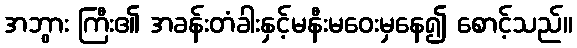
အဘွား ကြီး၏ အခန်းတံခါးနှင့်မနီးမဝေးမှနေ၍ စောင့်သည်။